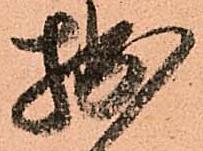
拙